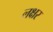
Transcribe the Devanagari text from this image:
लक्षर